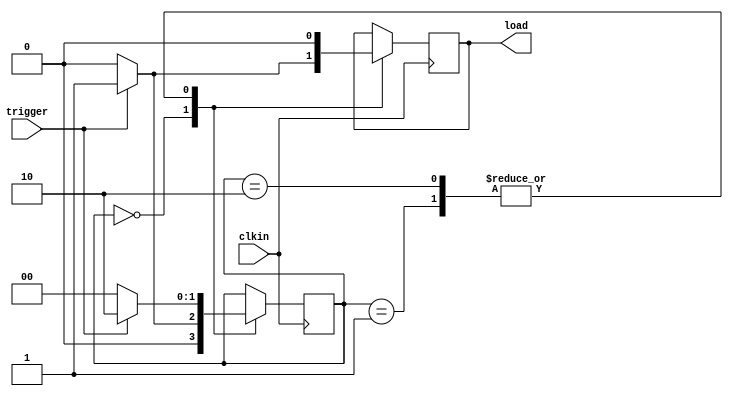
//------------------------------
// Module name: pulse_gen
// Function: 1 clock cycle pulse generator
// Creator:  Aditya Rajagopal, Mike Rizakis
// Version:  1.0
//------------------------------

module pulse_gen(clkin, trigger, load);
	input clkin;
	input trigger;
	output load; 
	
	reg [1:0] state; 
	reg load; 
	
	initial load = 1'b0;
	parameter IDLE = 2'b00; 
	parameter HIGH = 2'b01; 
	parameter WAIT = 2'b10;
	
	initial state = IDLE;
	
	always @ (posedge clkin) begin 
		case (state)
			IDLE :	if(trigger == 1'b1) begin 
							state <= HIGH;
							load <= 1'b1; 
						end 
						
						else begin
							state <= IDLE;
							load <= 1'b0;
						end
						
			HIGH : 	if(trigger == 1'b1) begin
							state <= WAIT;
							load <= 1'b0;
						end
						
						else begin
							state <= IDLE; 
							load <= 1'b0;
						end
			
			WAIT : 	if(trigger == 1'b0) begin
							state <= IDLE;
							load <= 1'b0; 
						end
						
						else begin 
							state <= WAIT;
							load <= 1'b0;
						end
		endcase
	end
endmodule